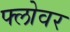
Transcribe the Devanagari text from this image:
फ्लोवर